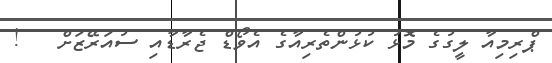
ޕްރިމިއާ ލީގުގެ މޮޅު ކުޅުންތެރިއާގެ އެވޯޑް ޖެރާޑާއި ސުއަރޭޒަށް   !